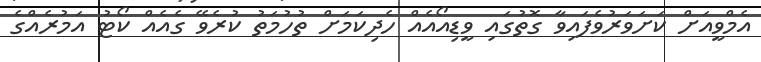
އެމްވީއަށް ކަށަވަރުވެފައިވާ ގޮތުގައި ވީޑިއޯއެއް ހެދިކަމަށް ތުހުމަތު ކުރެވޭ ގެއެއް ކޯޓު އަމުރެއްގެ